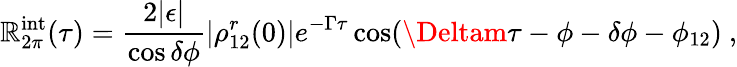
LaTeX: \mathbb{R}_{2\pi}^{\mathrm{{int}}}(\tau)={\frac{{2|\epsilon|}}{{\cos\delta\phi}}}|\rho_{12}^{r}(0)|e^{-\Gamma\tau}\cos(\Deltam\tau-\phi-\delta\phi-\phi_{12})\ ,